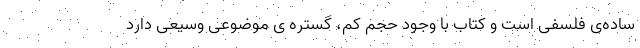
ساده­ی فلسفی است و کتاب با وجود حجم کم، گستره ی موضوعی وسیعی دارد